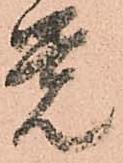
覚